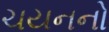
ચયનનો